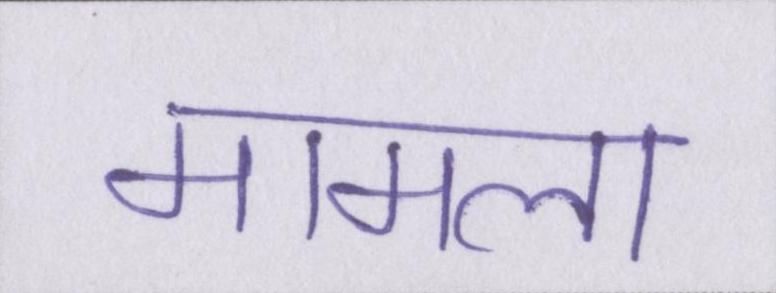
मामला